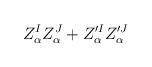
LaTeX: \begin{align*}Z_\alpha^IZ^J_\alpha + Z'^I_\alpha Z'^J_\alpha\end{align*}